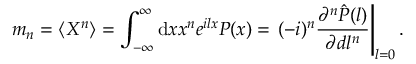
m _ { n } = \langle X ^ { n } \rangle = \int _ { - \infty } ^ { \infty } \mathrm { d } x x ^ { n } e ^ { i l x } P ( x ) = \left. ( - i ) ^ { n } \frac { \partial ^ { n } \hat { P } ( l ) } { \partial d l ^ { n } } \right\vert _ { l = 0 } .